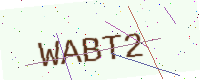
Text: WABT2